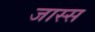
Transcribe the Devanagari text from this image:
जास्स